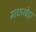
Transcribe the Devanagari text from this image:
माछाखेड़ा